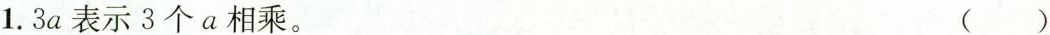
1.3a表示3个a相乘。 ()